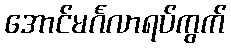
အောင်မင်္ဂလာရပ်ကွက်